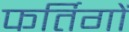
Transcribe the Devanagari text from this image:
फर्तिगों